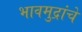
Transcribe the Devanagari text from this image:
भावमुद्रांचे